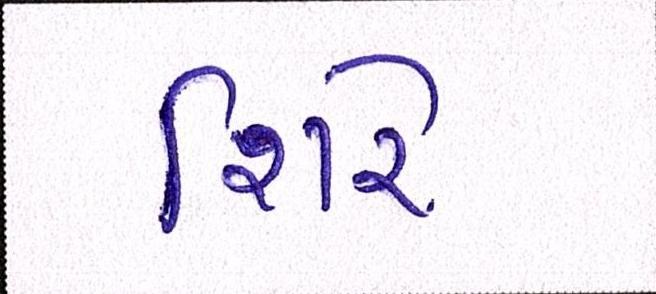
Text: શિરે